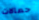
حمالات